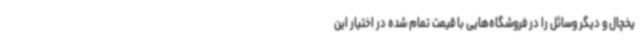
یخچال و دیگر وسائل را در فروشگاه‌هایی با قیمت تمام شده در اختیار این